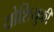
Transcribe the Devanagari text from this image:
योशियुकी